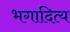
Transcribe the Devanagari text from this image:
भगादित्य